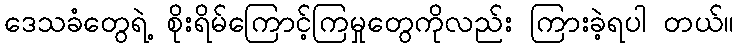
ဒေသခံတွေရဲ့ စိုးရိမ်ကြောင့်ကြမှုတွေကိုလည်း ကြားခဲ့ရပါ တယ်။